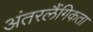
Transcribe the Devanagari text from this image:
अंतरलैंगिकता